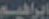
إبراهيم